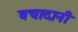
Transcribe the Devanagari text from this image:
बचादानी